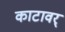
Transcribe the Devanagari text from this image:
काटावर्